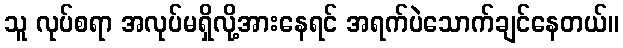
သူ လုပ်စရာ အလုပ်မရှိလို့အားနေရင် အရက်ပဲသောက်ချင်နေတယ်။